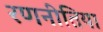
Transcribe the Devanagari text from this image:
रणनीतिया